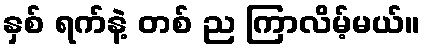
နှစ် ရက်နဲ့ တစ် ည ကြာလိမ့်မယ်။